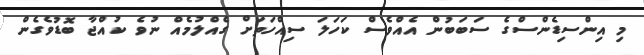
މި އިންސިޑެންސްގެ ސަބަބުން އެއްވެސް ކަހަލަ ސިއްހަތަށް ގެއްލުމެއް ނުވެ ކުއްޖާ ބޮޑުވެގެން